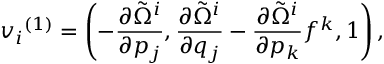
{ v _ { i } } ^ { ( 1 ) } = \left( - { \frac { \partial { \tilde { \Omega } } ^ { i } } { \partial p _ { j } } } , { \frac { \partial { \tilde { \Omega } } ^ { i } } { \partial q _ { j } } } - { \frac { \partial { \tilde { \Omega } } ^ { i } } { \partial p _ { k } } } f ^ { k } , 1 \right) ,